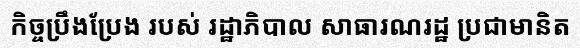
កិច្ចប្រឹងប្រែង របស់ រដ្ឋាភិបាល សាធារណរដ្ឋ ប្រជាមានិត